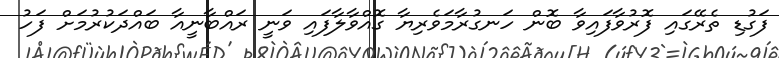
ފަގުޑި ތެރޭގައި ފޮރުވާފައިވާ ބޮން ހަނގުރާމަވެރިޔާ ގޮއްވާލާފައި ވަނީ ރައްބާނީއާ ބައްދަކުރުމަށް ފަހު